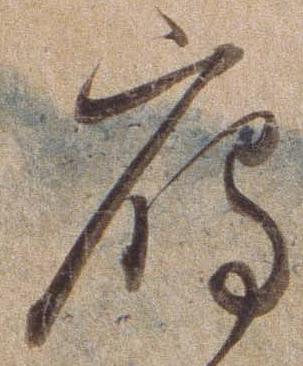
雁